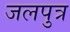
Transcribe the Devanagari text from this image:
जलपुत्र